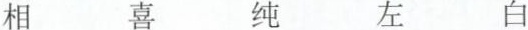
相 喜 纯 左 白